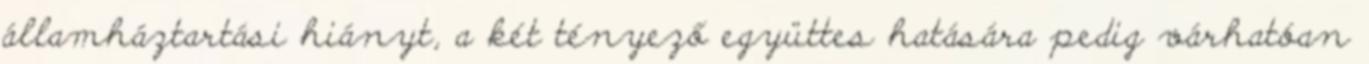
államháztartási hiányt, a két tényező együttes hatására pedig várhatóan